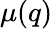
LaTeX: \mu(q)